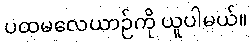
ပထမလေယာဉ်ကို ယူပါမယ်။